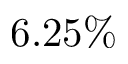
6 . 2 5 \%